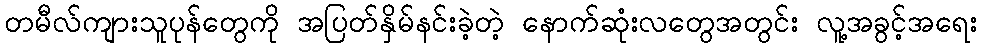
တမီလ်ကျားသူပုန်တွေကို အပြတ်နှိမ်နင်းခဲ့တဲ့ နောက်ဆုံးလတွေအတွင်း လူ့အခွင့်အရေး